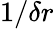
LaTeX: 1/\delta r